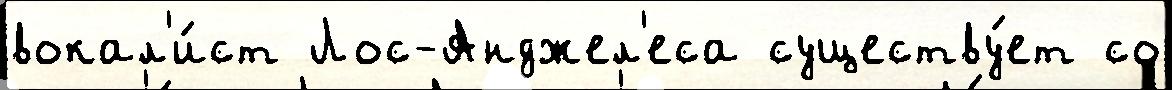
вокал'и́ст Лос-Анджел'еса существу́ет со